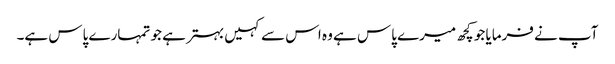
آپ نے فرمایا جو کچھ میرے پاس ہے وہ اس سے کہیں بہتر ہے جو تمہارے پاس ہے۔